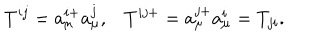
T ^ { i j } = a _ { \mu } ^ { i + } a _ { \mu } ^ { j } , T ^ { i j + } = a _ { \mu } ^ { j + } a _ { \mu } ^ { i } = T _ { j i } .